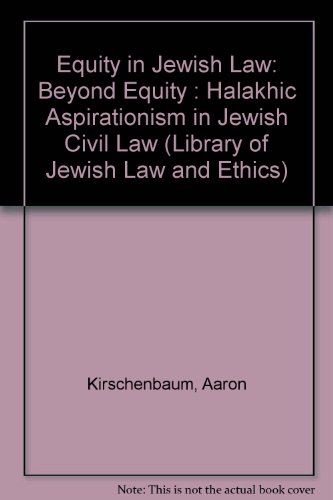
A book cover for Equity in Jewish Law: Beyond Equity : Halakhic Aspirationism in Jewish Civil Law (Library of Jewish Law and Ethics); Aaron Kirschenbaum; Religion & Spirituality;